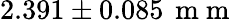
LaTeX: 2.391\pm 0.085\, \mathrm{~m~m~}